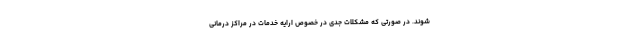
شوند. در صورتی که مشکلات جدی در خصوص ارایه خدمات در مراکز درمانی